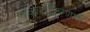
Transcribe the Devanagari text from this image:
प्रकाशकिरणाचे